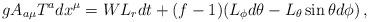
LaTeX: \begin{align*}gA_{a\mu} T^a dx^\mu = W L_r dt + (f-1)(L_\phi d\theta - L_\theta\sin \theta d\phi)\, ,\end{align*}